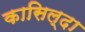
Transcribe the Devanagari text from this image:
कासिल्दा